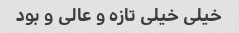
خیلی خیلی تازه و عالی و بود